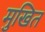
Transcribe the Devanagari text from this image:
मुखित